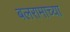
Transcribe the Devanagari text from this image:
बलरामाच्या